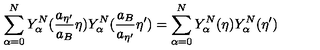
\sum _ { \alpha = 0 } ^ { N } Y _ { \alpha } ^ { N } ( \frac { a _ { { \eta } ^ { \prime } } } { a _ { B } } { \eta } ) Y _ { \alpha } ^ { N } ( \frac { a _ { B } } { a _ { { \eta } ^ { \prime } } } { \eta } ^ { \prime } ) = \sum _ { \alpha = 0 } ^ { N } Y _ { \alpha } ^ { N } ( { \eta } ) Y _ { \alpha } ^ { N } ( { \eta } ^ { \prime } )